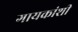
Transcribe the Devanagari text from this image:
गायकांशी